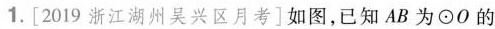
1.[2019浙江湖州吴兴区月考]如图，已知AB为\odot O的